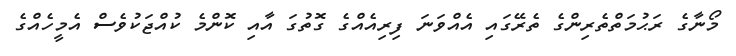
މޯނާގެ ރަޙުމަތްތެރިންގެ ތެރޭގައި އެއްވަނަ ފިރިއެއްގެ ގޮތުގަ އާއި ކޮންމެ ކުއްޖަކުވެސް އެމީހެއްގެ